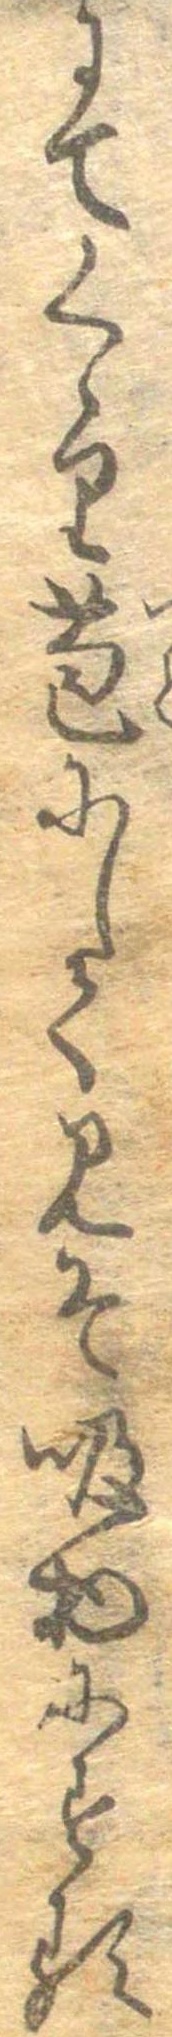
にてくゝり苞にしてみそ吸物にする